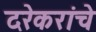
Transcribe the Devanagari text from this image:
दरेकरांचे